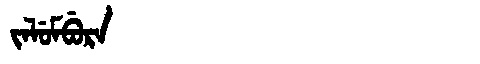
Manchu: ᠵᠠᠯᡠᠮᠪᡠᡵᠠ
Romanization: JALUMBURA